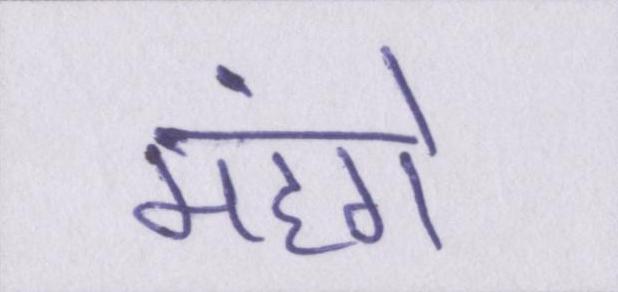
मंहगे